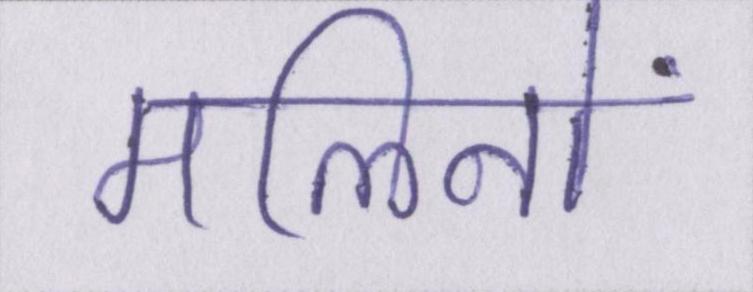
मलिनों